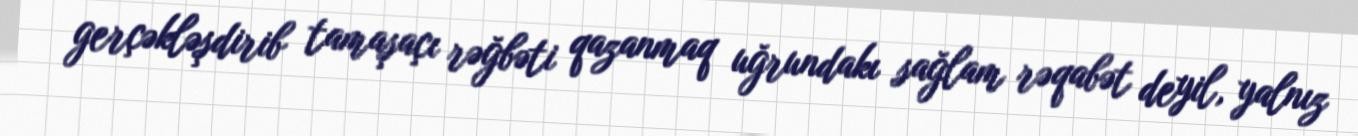
gerçəkləşdirib tamaşaçı rəğbəti qazanmaq uğrundakı sağlam rəqabət deyil, yalnız